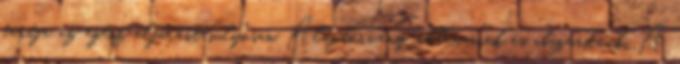
tartja az egész eljárást súlyosan Alaptörvény-ellenesnek és abszurdnak. A